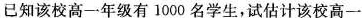
已知该校高一年级有1000名学生，试估计该校高一